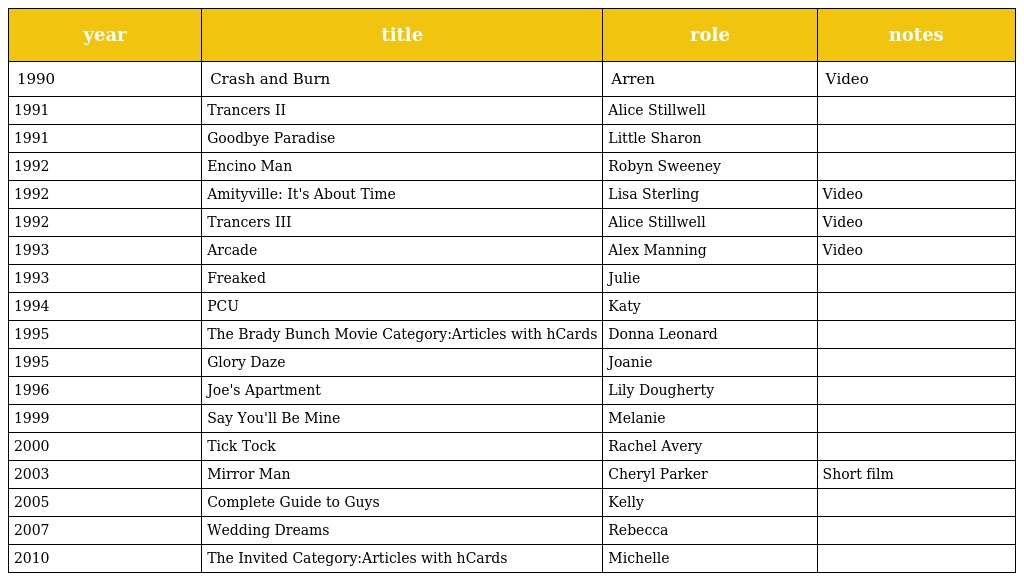
| year | title | role | notes |
 | --- | --- | --- | --- |
 | 1990 | Crash and Burn | Arren | Video |
 | 1991 | Trancers II | Alice Stillwell |  |
 | 1991 | Goodbye Paradise | Little Sharon |  |
 | 1992 | Encino Man | Robyn Sweeney |  |
 | 1992 | Amityville: It's About Time | Lisa Sterling | Video |
 | 1992 | Trancers III | Alice Stillwell | Video |
 | 1993 | Arcade | Alex Manning | Video |
 | 1993 | Freaked | Julie |  |
 | 1994 | PCU | Katy |  |
 | 1995 | The Brady Bunch Movie Category:Articles with hCards | Donna Leonard |  |
 | 1995 | Glory Daze | Joanie |  |
 | 1996 | Joe's Apartment | Lily Dougherty |  |
 | 1999 | Say You'll Be Mine | Melanie |  |
 | 2000 | Tick Tock | Rachel Avery |  |
 | 2003 | Mirror Man | Cheryl Parker | Short film |
 | 2005 | Complete Guide to Guys | Kelly |  |
 | 2007 | Wedding Dreams | Rebecca |  |
 | 2010 | The Invited Category:Articles with hCards | Michelle |  |